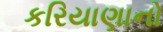
કરિયાણાનો